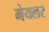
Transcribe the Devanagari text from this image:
मेयलर